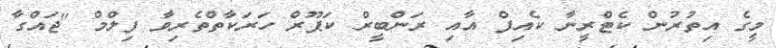
މީގެ އިތުރުން ކެޓްރީނާ ކެއިފް އާއި ރަންބީރް ކަޕޫރް ހަރަކާތްތެރިވާ ފިލްމް "ޖައްގާ